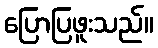
ပြောပြဖူးသည်။